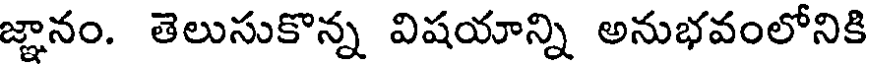
జ్ఞానం. తెలుసుకొన్న విషయాన్ని అనుభవంలోనికి